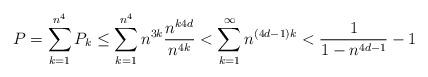
LaTeX: \begin{align*} P = \sum_{k=1}^{n^4} P_k \leq \sum_{k=1}^{n^4} n^{3k} \frac{n^{k 4d }}{n^{4k}} < \sum_{k=1}^{\infty} n^{(4d - 1)k} < \frac{1}{1 - n^{4d - 1}} - 1\end{align*}